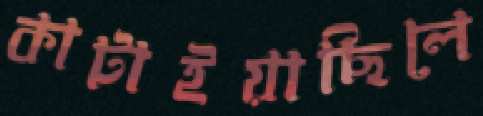
কাটাইয়াছিলে